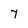
Character: 7